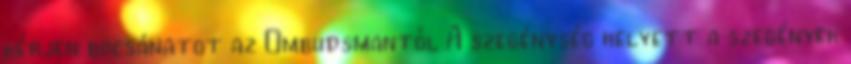
kérjen bocsánatot az Ombudsmantól A szegénység helyett a szegények